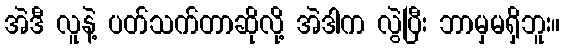
အဲဒီ လူနဲ့ ပတ်သက်တာဆိုလို့ အဲဒါက လွဲပြီး ဘာမှမရှိဘူး။